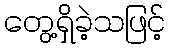
တွေ့ရှိခဲ့သဖြင့်